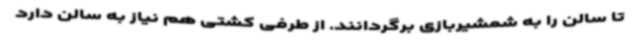
تا سالن را به شمشیربازی برگردانند. از طرفی کشتی هم نیاز به سالن دارد